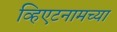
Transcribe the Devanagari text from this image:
व्हिएटनामच्या